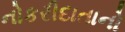
નોકરીદાતાનો